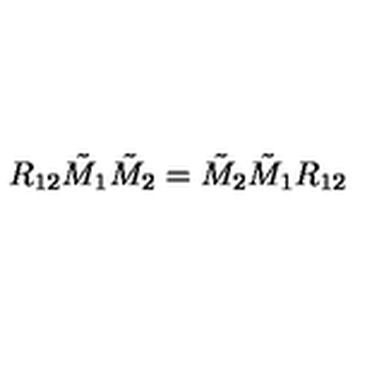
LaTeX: R _ { 1 2 } \tilde { M } _ { 1 } \tilde { M } _ { 2 } = \tilde { M } _ { 2 } \tilde { M } _ { 1 } { R } _ { 1 2 }